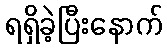
ရရှိခဲ့ပြီးနောက်